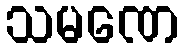
သမဏေ